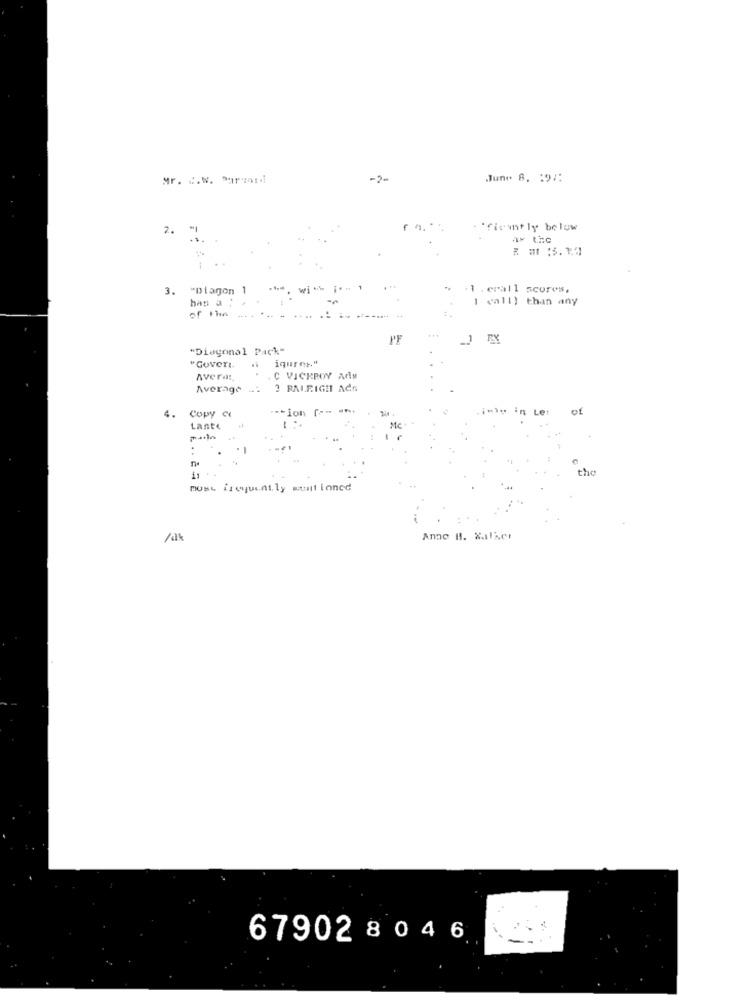
Mr. C.W. Parmi:
-2-
June 8. 197:
2.
Wfiemtly below
3. "Diagon 1
wi -
.1 . erall scores.
has a :
1 call) than any
of the
PF
"Diagonal Pack-
iqures."
"GOVerI.
Avera:
. C VICKPOY ARN
Average ...
3 RALRIGHT ACA
Copy Ce
.- tion [ -- -**
inte in Let
01
4.
Lante
Mc
he
most frequently wuntioncd
/0%
Ane B. XalACI
67902 8 0 4 6